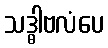
သဒ္ဓါဗလံပေ